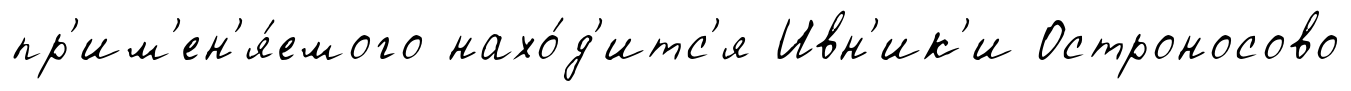
пр'им'ен'я́емого нахо́д'итс'я Ивн'ик'и Остроносово